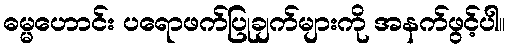
ဓမ္မဟောင်း ပရောဖက်ပြုချက်များကို အနက်ဖွင့်ပါ။